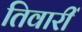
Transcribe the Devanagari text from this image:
तिवारीं